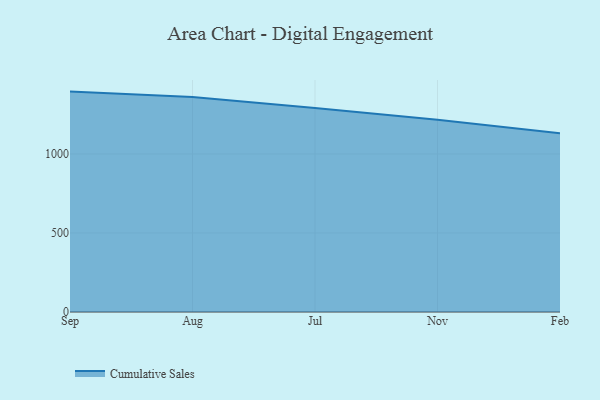
{"axis": {"x": "Month", "y": "LTV (USD)"}, "legend": ["Cumulative Sales"], "data": [{"x": "Sep", "y": 1394.5, "type": "Cumulative Sales"}, {"x": "Aug", "y": 1360.2, "type": "Cumulative Sales"}, {"x": "Jul", "y": 1291.1, "type": "Cumulative Sales"}, {"x": "Nov", "y": 1216.8, "type": "Cumulative Sales"}, {"x": "Feb", "y": 1130.7, "type": "Cumulative Sales"}]}